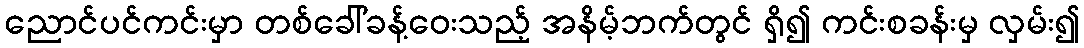
ညောင်ပင်ကင်းမှာ တစ်ခေါ်ခန့်ဝေးသည့် အနိမ့်ဘက်တွင် ရှိ၍ ကင်းစခန်းမှ လှမ်း၍